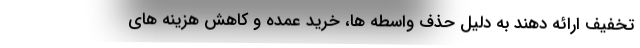
تخفیف ارائه دهند به دلیل حذف واسطه ها، خرید عمده و کاهش هزینه های